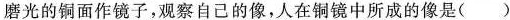
磨光的铜面作镜子，观察自己的像，人在铜镜中所成的像是()